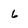
Character: 6